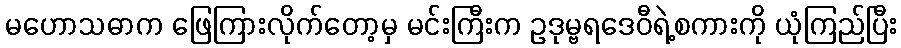
မဟောသဓာက ဖြေကြားလိုက်တော့မှ မင်းကြီးက ဥဒုမ္ဗရဒေဝီရဲ့စကားကို ယုံကြည်ပြီး